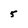
Character: 5